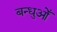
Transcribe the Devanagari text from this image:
बन्धुओँ